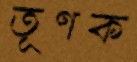
তূণক